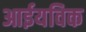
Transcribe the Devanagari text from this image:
आईयविक